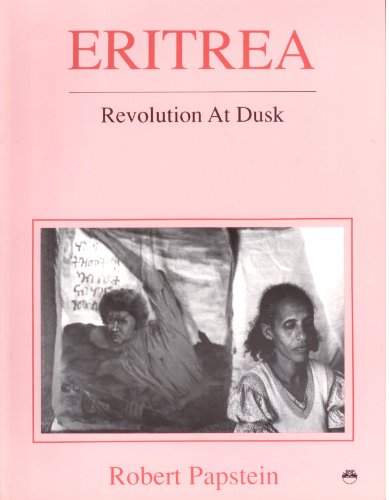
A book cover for Eritrea: Revolution at Dusk; Robert Papstein; Travel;